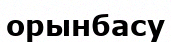
орынбасу